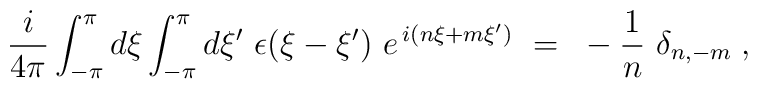
\frac{i}{4 \pi} \int_{-\pi}^{\pi} d \xi \int_{-\pi}^{\pi} d \xi'     ~ \epsilon(\xi - \xi') ~ e^{\, i (n \xi + m \xi') }~ =~ - \frac{1}{n}~        \delta_{n,-m} \; ,   \nonumber